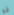
قو